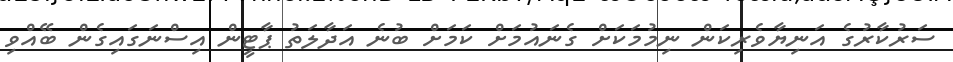
ސަރުކާރުގެ އަނިޔާވެރިކަން ނިމުމަކަށް ގެނައުމަށް ކަމަށް ބުނެ އަދާލަތު ޕާޓީން އިސްނަގައިގެން ބޭއްވި